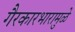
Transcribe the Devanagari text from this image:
गैरकारभारामुळे